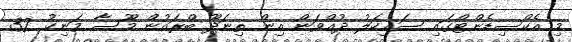
މި އެކްސިޑެންޓްގައި ސައިކަލު ދުއްވަން އިން ތިނަދޫ ބްރައުން މޫސާ މަނިކު 32